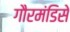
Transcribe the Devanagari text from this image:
गौरमंडिसे